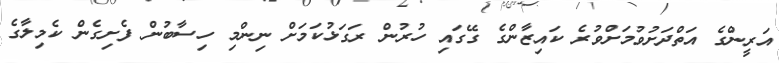
އަރީންގެ އަތްދަށުވުމަށްވުރެ ކައިޒާންގެ ގޭގައި ހުރުން ރަގަޅުކަމަށް ނިންމި ހިސާބުން ފެށިގެން ކެމިލާގެ